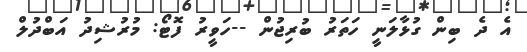
އެ ދެ ބިން ގުޅާލަނީ ހަތަރު ބުރިޖުން --ހަވީރު ފޮޓޯ: މުރުޝިދު އަބްދުލް